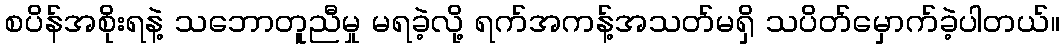
စပိန်အစိုးရနဲ့ သဘောတူညီမှု မရခဲ့လို့ ရက်အကန့်အသတ်မရှိ သပိတ်မှောက်ခဲ့ပါတယ်။